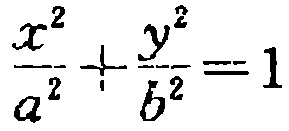
$\frac{x^{2}}{a^{2}}+\frac{y^{2}}{b^{2}} = 1$